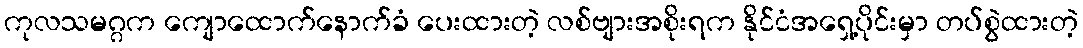
ကုလသမဂ္ဂက ကျောထောက်နောက်ခံ ပေးထားတဲ့ လစ်ဗျားအစိုးရက နိုင်ငံအရှေ့ပိုင်းမှာ တပ်စွဲထားတဲ့